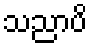
သညာပိ